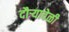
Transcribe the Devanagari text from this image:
दौर्‍यावेळी